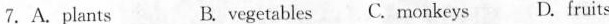
7.A.Plants B.vegetables C.Monkeys D.fruits